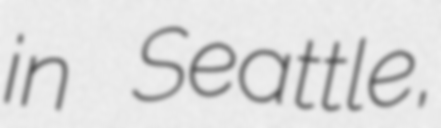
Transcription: in Seattle,